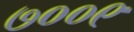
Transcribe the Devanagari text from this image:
७००९